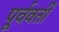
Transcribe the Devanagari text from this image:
पूर्ववर्तीं